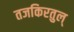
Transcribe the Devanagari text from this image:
तजकिरतुल्